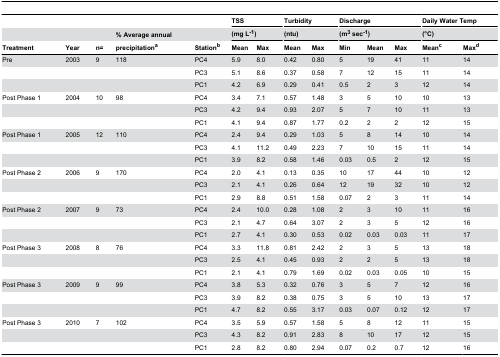
<table><thead><tr><td></td><td></td><td></td><td></td><td></td><td colspan="2"><b>TSS</b></td><td colspan="2"><b>Turbidity</b></td><td colspan="3"><b>Discharge</b></td><td colspan="2"><b>Daily Water Temp</b></td></tr><tr><td></td><td></td><td></td><td><b>% Average annual</b></td><td></td><td colspan="2"><b>(mg L<sup>-1</sup>)</b></td><td colspan="2"><b>(ntu)</b></td><td colspan="3"><b>(m<sup>3</sup> sec<sup>-1</sup>)</b></td><td colspan="2"><b>(°C)</b></td></tr><tr><td><b>Treatment</b></td><td><b>Year</b></td><td><b>n=</b></td><td><b>precipitation<sup>a</sup></b></td><td><b>Station<sup>b</sup></b></td><td><b>Mean</b></td><td><b>Max</b></td><td><b>Mean</b></td><td><b>Max</b></td><td><b>Min</b></td><td><b>Mean</b></td><td><b>Max</b></td><td><b>Mean<sup>c</sup></b></td><td><b>Max<sup>d</sup></b></td></tr></thead><tbody><tr><td>Pre</td><td>2003</td><td>9</td><td>118</td><td>PC4</td><td>5.9</td><td>8.0</td><td>0.42</td><td>0.80</td><td>5</td><td>19</td><td>41</td><td>11</td><td>14</td></tr><tr><td></td><td></td><td></td><td></td><td>PC3</td><td>5.1</td><td>8.6</td><td>0.37</td><td>0.58</td><td>7</td><td>12</td><td>15</td><td>11</td><td>14</td></tr><tr><td></td><td></td><td></td><td></td><td>PC1</td><td>4.2</td><td>6.9</td><td>0.29</td><td>0.41</td><td>0.5</td><td>2</td><td>3</td><td>12</td><td>14</td></tr><tr><td>Post Phase 1</td><td>2004</td><td>10</td><td>98</td><td>PC4</td><td>3.4</td><td>7.1</td><td>0.57</td><td>1.48</td><td>3</td><td>5</td><td>10</td><td>10</td><td>13</td></tr><tr><td></td><td></td><td></td><td></td><td>PC3</td><td>4.2</td><td>9.4</td><td>0.93</td><td>2.07</td><td>5</td><td>7</td><td>10</td><td>11</td><td>13</td></tr><tr><td></td><td></td><td></td><td></td><td>PC1</td><td>4.1</td><td>9.4</td><td>0.87</td><td>1.77</td><td>0.2</td><td>2</td><td>2</td><td>12</td><td>15</td></tr><tr><td>Post Phase 1</td><td>2005</td><td>12</td><td>110</td><td>PC4</td><td>2.4</td><td>9.4</td><td>0.29</td><td>1.03</td><td>5</td><td>8</td><td>14</td><td>10</td><td>14</td></tr><tr><td></td><td></td><td></td><td></td><td>PC3</td><td>4.1</td><td>11.2</td><td>0.49</td><td>2.23</td><td>7</td><td>10</td><td>15</td><td>11</td><td>14</td></tr><tr><td></td><td></td><td></td><td></td><td>PC1</td><td>3.9</td><td>8.2</td><td>0.58</td><td>1.46</td><td>0.03</td><td>0.5</td><td>2</td><td>12</td><td>15</td></tr><tr><td>Post Phase 2</td><td>2006</td><td>9</td><td>170</td><td>PC4</td><td>2.0</td><td>4.1</td><td>0.13</td><td>0.35</td><td>10</td><td>17</td><td>44</td><td>10</td><td>12</td></tr><tr><td></td><td></td><td></td><td></td><td>PC3</td><td>2.1</td><td>4.1</td><td>0.26</td><td>0.64</td><td>12</td><td>19</td><td>32</td><td>10</td><td>12</td></tr><tr><td></td><td></td><td></td><td></td><td>PC1</td><td>2.9</td><td>8.8</td><td>0.51</td><td>1.58</td><td>0.07</td><td>2</td><td>3</td><td>11</td><td>14</td></tr><tr><td>Post Phase 2</td><td>2007</td><td>9</td><td>73</td><td>PC4</td><td>2.4</td><td>10.0</td><td>0.28</td><td>1.08</td><td>2</td><td>3</td><td>10</td><td>11</td><td>16</td></tr><tr><td></td><td></td><td></td><td></td><td>PC3</td><td>2.1</td><td>4.7</td><td>0.64</td><td>3.07</td><td>2</td><td>3</td><td>5</td><td>12</td><td>16</td></tr><tr><td></td><td></td><td></td><td></td><td>PC1</td><td>2.7</td><td>4.1</td><td>0.30</td><td>0.53</td><td>0.02</td><td>0.03</td><td>0.03</td><td>11</td><td>17</td></tr><tr><td>Post Phase 3</td><td>2008</td><td>8</td><td>76</td><td>PC4</td><td>3.3</td><td>11.8</td><td>0.81</td><td>2.42</td><td>2</td><td>3</td><td>5</td><td>13</td><td>18</td></tr><tr><td></td><td></td><td></td><td></td><td>PC3</td><td>2.5</td><td>4.1</td><td>0.45</td><td>0.93</td><td>2</td><td>2</td><td>5</td><td>13</td><td>18</td></tr><tr><td></td><td></td><td></td><td></td><td>PC1</td><td>2.1</td><td>4.1</td><td>0.79</td><td>1.69</td><td>0.02</td><td>0.03</td><td>0.05</td><td>10</td><td>15</td></tr><tr><td>Post Phase 3</td><td>2009</td><td>9</td><td>99</td><td>PC4</td><td>3.8</td><td>5.3</td><td>0.32</td><td>0.76</td><td>3</td><td>5</td><td>7</td><td>12</td><td>16</td></tr><tr><td></td><td></td><td></td><td></td><td>PC3</td><td>3.9</td><td>8.2</td><td>0.38</td><td>0.75</td><td>3</td><td>5</td><td>10</td><td>13</td><td>17</td></tr><tr><td></td><td></td><td></td><td></td><td>PC1</td><td>4.7</td><td>8.2</td><td>0.55</td><td>3.17</td><td>0.03</td><td>0.07</td><td>0.12</td><td>12</td><td>17</td></tr><tr><td>Post Phase 3</td><td>2010</td><td>7</td><td>102</td><td>PC4</td><td>3.5</td><td>5.9</td><td>0.57</td><td>1.58</td><td>5</td><td>8</td><td>12</td><td>11</td><td>15</td></tr><tr><td></td><td></td><td></td><td></td><td>PC3</td><td>4.3</td><td>8.2</td><td>0.91</td><td>2.83</td><td>8</td><td>10</td><td>17</td><td>12</td><td>15</td></tr><tr><td></td><td></td><td></td><td></td><td>PC1</td><td>2.8</td><td>8.2</td><td>0.80</td><td>2.94</td><td>0.07</td><td>0.2</td><td>0.7</td><td>12</td><td>16</td></tr></tbody></table>